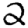
Digit: 2